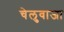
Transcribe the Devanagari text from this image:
चेलुवाजा